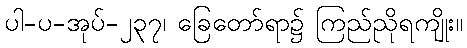
ပါ-ပ-အုပ်-၂၃၇၊ ခြေတော်ရာ၌ ကြည်ညိုရကျိုး။